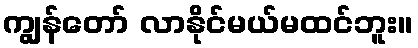
ကျွန်တော် လာနိုင်မယ်မထင်ဘူး။